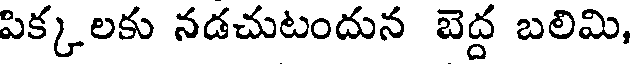
పిక్కలకు నడచుటందున బెద్ద బలిమి,